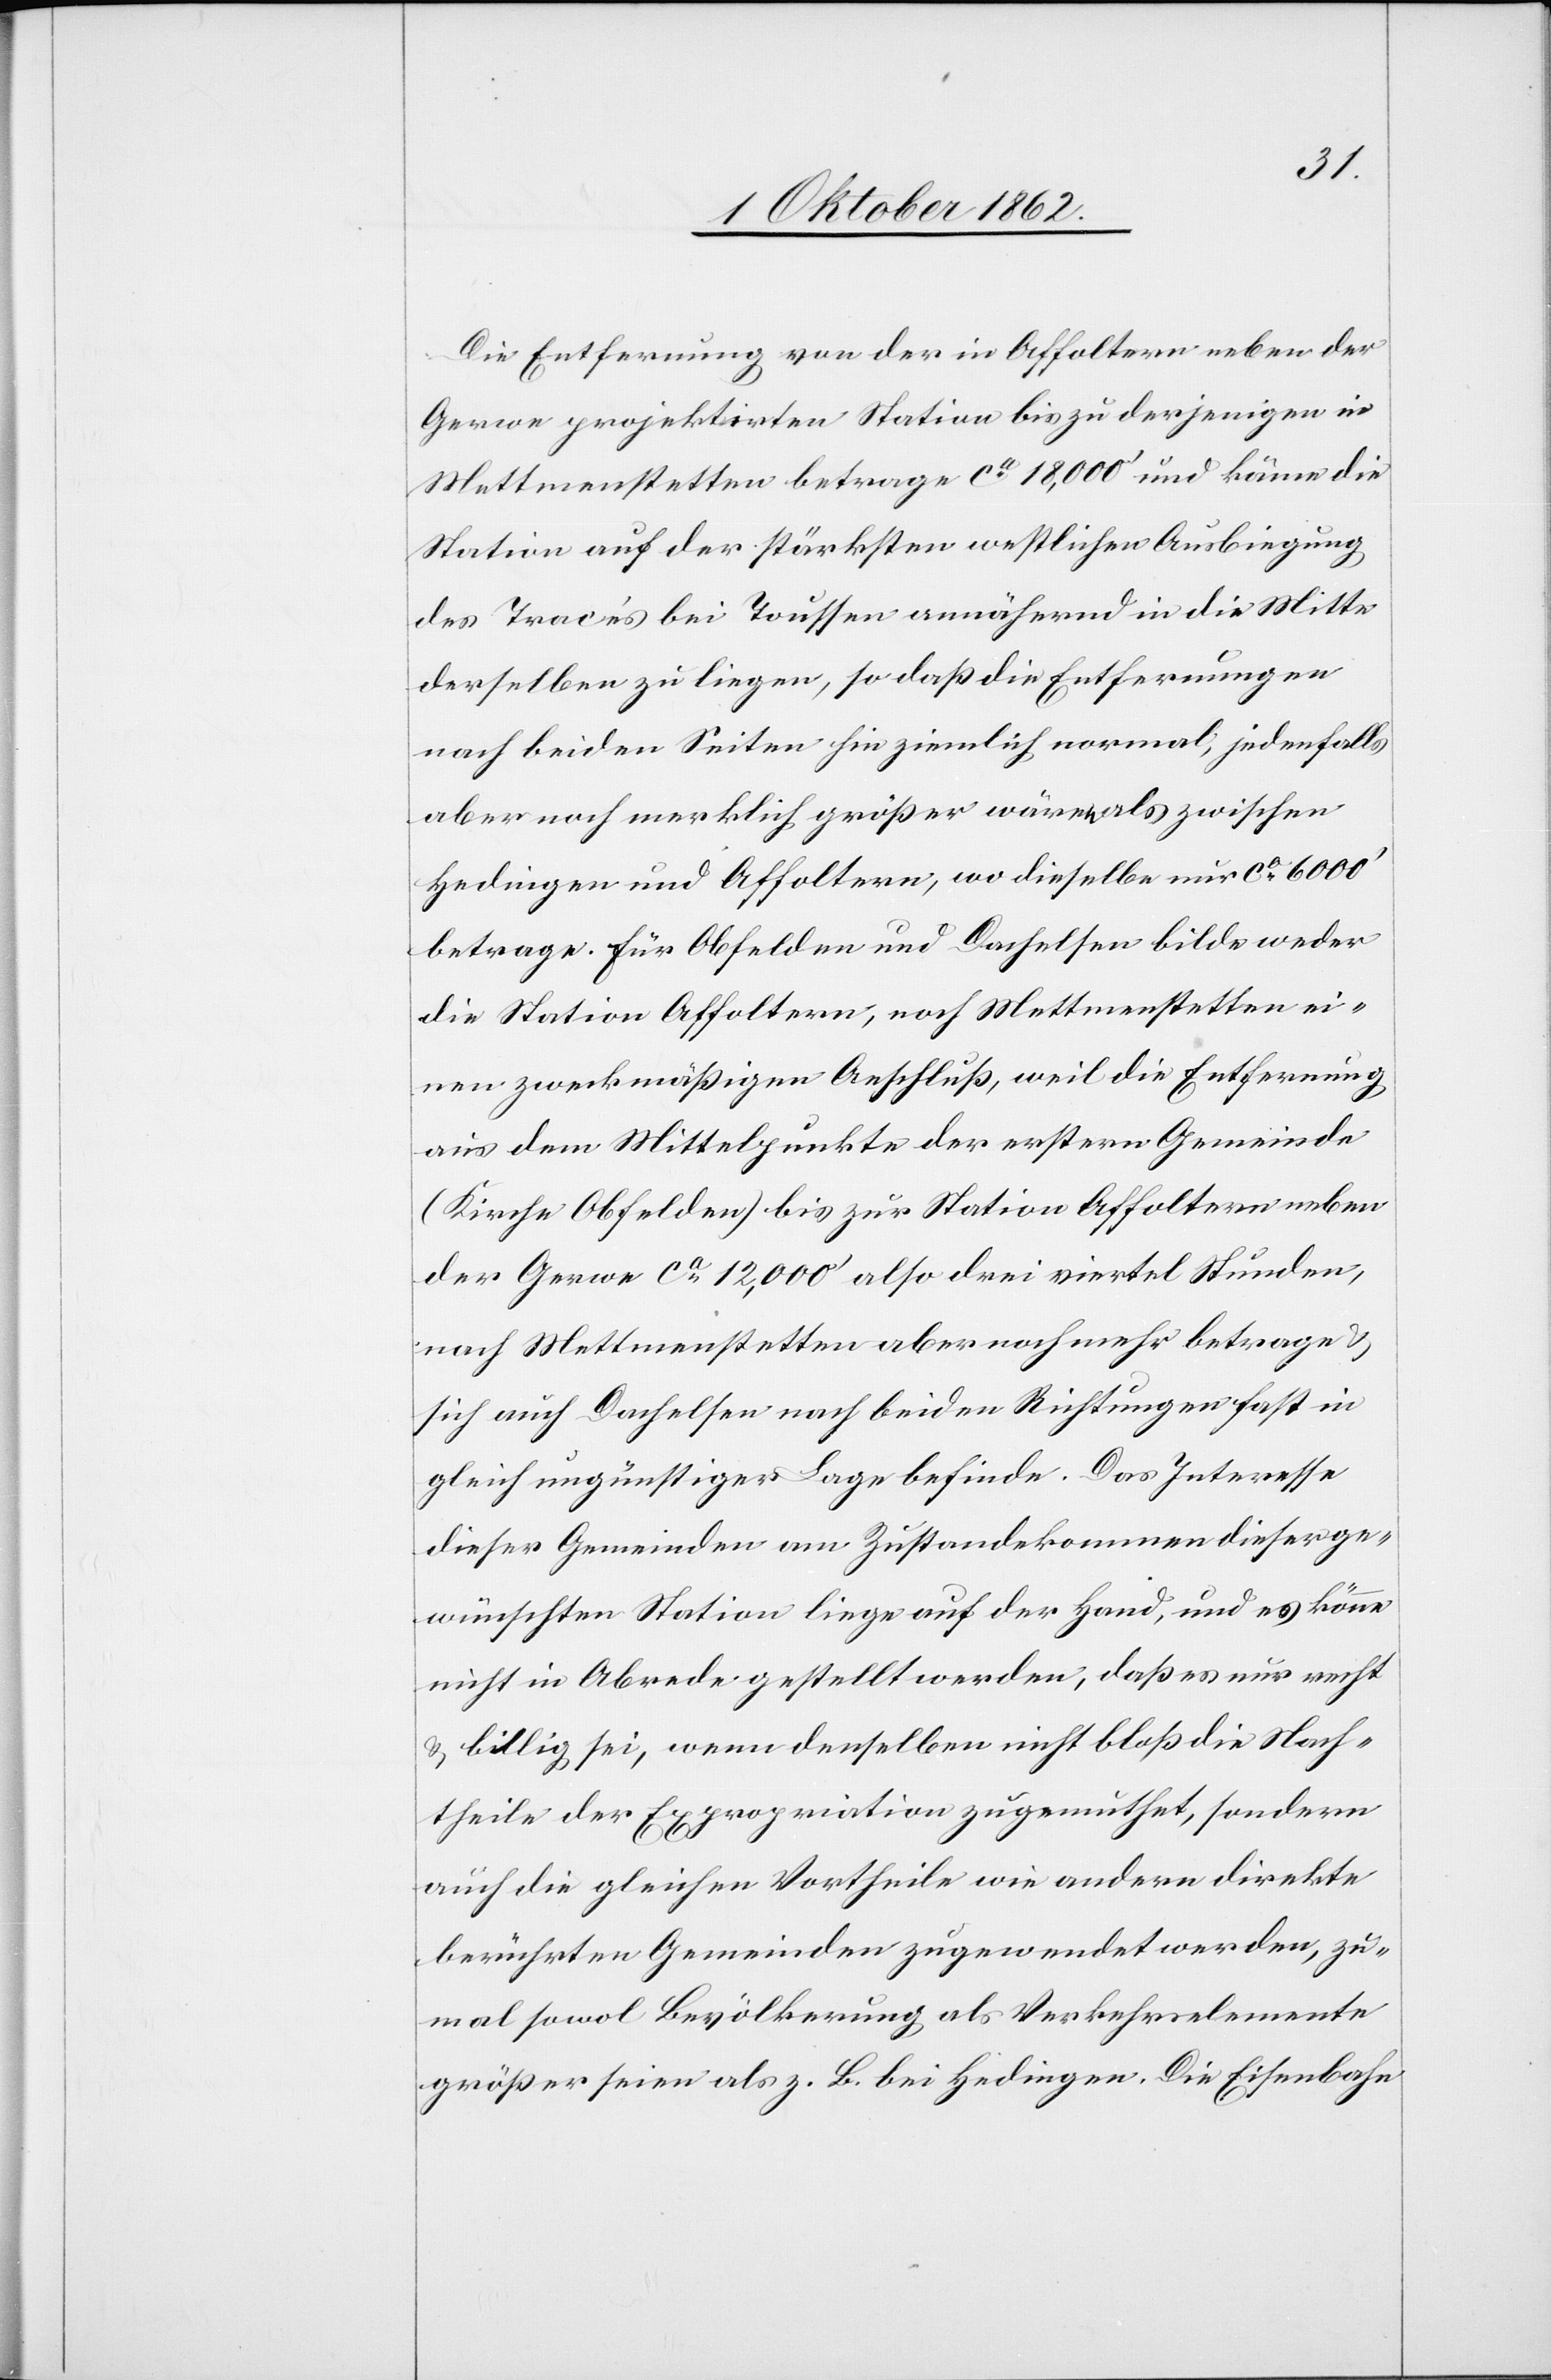
Die Entfernung von der in Affoltern neben der
Gerwe projektirte Station bis zu derjenigen in
Mettmenstetten betrage ca 18,000’ und käme die
Station auf der stärksten westlichen Ausbiegung
des Tracés bei Toussen annähernd in die Mitte
derselben zu liegen, so daß die Entfernungen
nach beiden Seiten hin ziemlich normal, jedenfalls
aber noch merklich größer wären als zwischen
Hedingen und Affoltern, wo dieselbe nur ca 6000’
betrage. Für Affoltern und Dachelsen bilde weder
die Station Affoltern, noch Mettmenstetten ei¬
nen zweckmäßigen Anschluß, weil die Entfernung
aus dem Mittelpunkte der erstern Gemeinde
(Kirche Obfelden) bis zur Station Affoltern neben
der Gerwe ca 12,000’ also drei viertel Stunden,
nach Mettmenstetten aber noch mehr betrage u.
sich auch Dachelsen nach beiden Richtungen fast in
gleich ungünstiger Lage befinde. Das Interesse
dieser Gemeinden am Zustandekommen dieser ge¬
wünschten Station liege auf der Hand, und es könne
nicht in Abrede gestellt werden, daß es nur recht
u. billig sei, wenn denselben nicht bloß die Nach¬
theile der Expropriation zugemuthet, sondern
auch die gleichen Vortheile wie andern direkte
berührten Gemeinden zugewendet werden, zu¬
mal sowol Bevölkerung als Verkehrselemente
größer seien als z. B. bei Hedingen. Die Eisenbahn